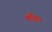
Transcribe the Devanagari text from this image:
महित